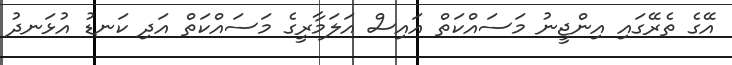
އޭގެ ތެރޭގައި އިންޖީނު މަސައްކަތް އައިސް އަލަމާރީގެ މަސައްކަތް އަދި ކަނޑު އުޅަނދު